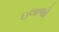
ઇલાજો